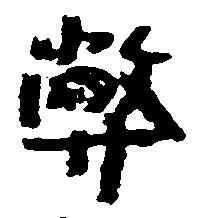
弊